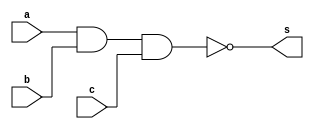
// Guiaa 01
// Nome:Raphaela Fernanda Silva



// NANDEX

module NANDEX (s, a, b, c);
output s;
input a, b, c;

assign s = ~(a & b & c);

endmodule







// TESTE NANDEX

module testeNANDEX;
reg a, b, c;
wire s;

NANDEX NAND1 (s, a, b, c); 

initial begin:start

 a=0; b=0; c=0;
 
 end
 
 
 
 initial begin : main
 
 $display("Guia 01 - Raphaela Fernanda Silva - 420141");
 $display("Teste NANDEX");
 $display(" s = ~(a & b & c) ");
 #1 $display(" %b     %b   %b   %b  ",s,a,b,c);
 #1 a=0; b=0; c=1;
 #1 $display(" %b     %b   %b   %b  ",s,a,b,c);
 #1 a=0; b=1; c=0;
 #1 $display(" %b     %b   %b   %b  ",s,a,b,c);
 #1 a=0; b=1; c=1;
 #1 $display(" %b     %b   %b   %b  ",s,a,b,c);
 #1 a=1; b=0; c=0;
 #1 $display(" %b     %b   %b   %b  ",s,a,b,c);
 #1 a=1; b=0; c=1;
 #1 $display(" %b     %b   %b   %b  ",s,a,b,c);
 #1 a=1; b=1; c=0;
 #1 $display(" %b     %b   %b   %b  ",s,a,b,c);
 #1 a=1; b=1; c=1;
 #1 $display(" %b     %b   %b   %b  ",s,a,b,c);
 
 end
 
 endmodule